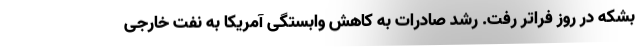
بشکه در روز فراتر رفت. رشد صادرات به کاهش وابستگی آمریکا به نفت خارجی